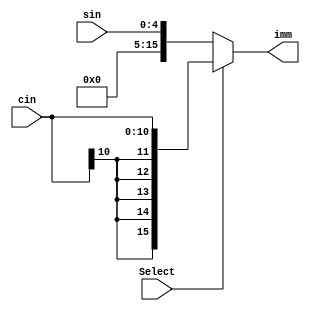
module ImmediateGenerator (
    input signed [10:0] cin,
	input[4:0] sin,
    input Select,
    output reg[15:0] imm
);

always @(sin or cin or Select) begin
    if (Select == 0) begin
        imm = sin;
    end else begin
        imm = cin;

    end
end

endmodule